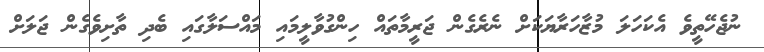
ނުޖެހޭތީވެ އެކަހަލަ މުޒާހަރާޔަކަށް ނެރެގެން ޖަރީމާތައް ހިންގުވާލީމައި މައްސަލާގައި ބެދި ތާށިވެގެން ޖަލަށް